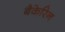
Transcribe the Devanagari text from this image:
बैकेरिन